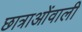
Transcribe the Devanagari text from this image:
छात्राओंवाली